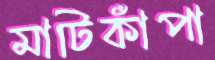
মাটিকাঁপা